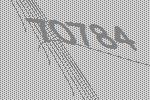
70784